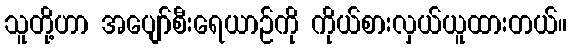
သူတို့ဟာ အပျော်စီးရေယာဉ်ကို ကိုယ်စားလှယ်ယူထားတယ်။